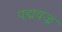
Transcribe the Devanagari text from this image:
पद्मवज्र